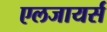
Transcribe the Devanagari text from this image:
एलजायर्स